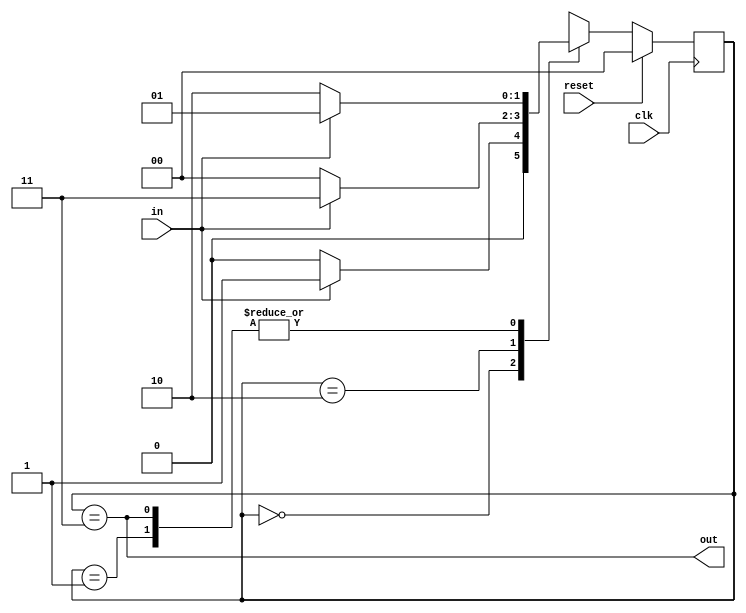
module top_module(
    input clk,
    input in,
    input reset,
    output out); //
    parameter A=2'd0,B=2'd1,C=2'd2,D=2'd3;
    reg [1:0]state;
    reg [1:0]next_state;
    // State transition logic
    always@(*)begin
        case(state)
            A: next_state = in?B:A;
            B: next_state = in?B:C;
            C: next_state = in?D:A;
            D: next_state = in?B:C;
        endcase
    end
    // State flip-flops with synchronous reset
    always@(posedge clk)begin
        if(reset)
            state <= A;
        else
            state <= next_state;
    end
    // Output logic
	assign out = state==D;
endmodule